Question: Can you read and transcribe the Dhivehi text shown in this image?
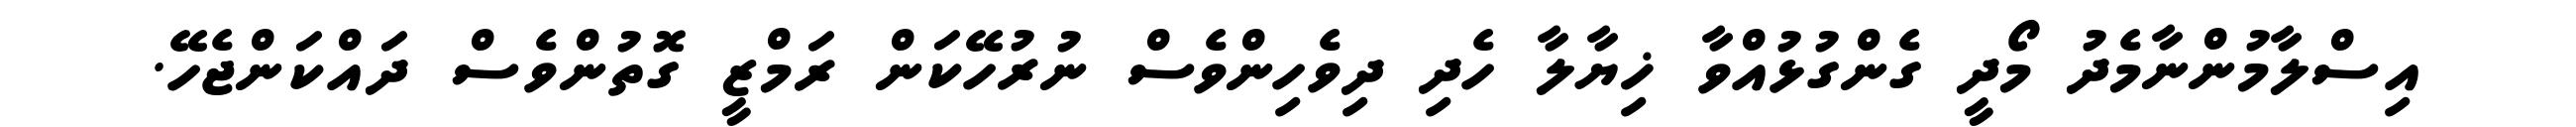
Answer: އިސްލާމުންނާމެދު މޯދީ ގެންގުޅުއްވާ ޚިޔާލާ ހެދި ދިވެހިންވެސް ނުރުހޭކަން ރަމްޒީ ގޮތުންވެސް ދައްކަންޖެހޭ.